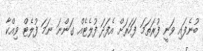
ބުނެފައި ވަނީ ފުރަތަމަ ފަހަރަށް އެފަދަ ފުލެޓެއް ގަންނަ ނަމަ ފުލެޓް ވިއްކާ